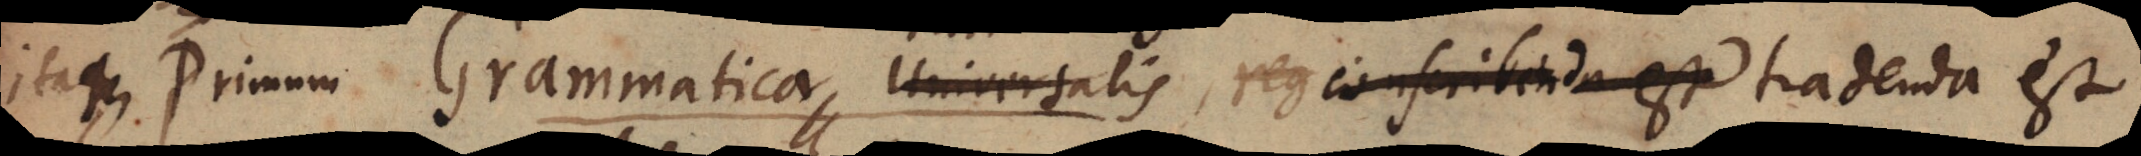
Itaque primum Grammatica Universalis, reg conseribenda est tradenda est